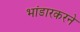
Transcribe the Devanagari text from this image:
भांडारकरने